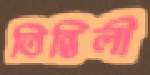
তিন্তিলী